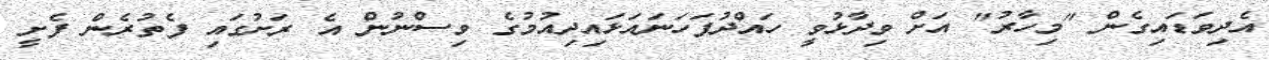
އެދިވަޑައިގެން "މިހާރު" އަށް ވިދާޅުވީ ހައްދުފަހަނައަަޅައިދިއުމުގެ ވިސްނުން އެ ރަށުގައި ފެތުރެން ފެށީ